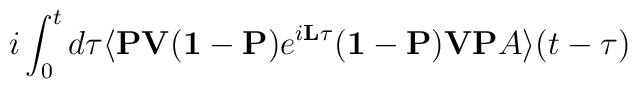
i \int_0^t d \tau \langle {\bf PV}({\bf1}- {\bf P}) e^{i  {\bf L} \tau} ({\bf1}- {\bf P}) {\bf VP} A \rangle(t-\tau)